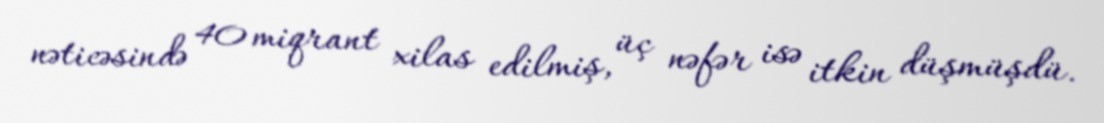
nəticəsində 40 miqrant xilas edilmiş, üç nəfər isə itkin düşmüşdü.